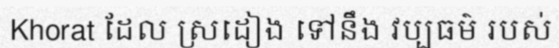
Khorat ដែល ស្រដៀង ទៅនឹង វប្បធម៌ របស់